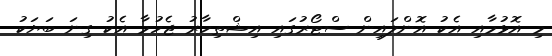
މި އޮޅުމާއި އެކު އޮންލައިން ސްޓޯރުގައި އިޝްތިހާރު ޖެހުމާ އެކު ގިނަ ބަޔަކު